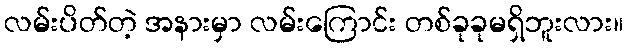
လမ်းပိတ်တဲ့ အနားမှာ လမ်းကြောင်း တစ်ခုခုမရှိဘူးလား။